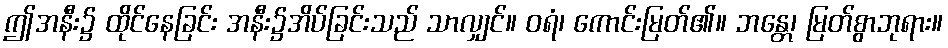
ဤအနီး၌ ထိုင်နေခြင်း အနီး၌အိပ်ခြင်းသည် သာလျှင်။ ဝရံ၊ ကောင်းမြတ်၏။ ဘန္တေ၊ မြတ်စွာဘုရား။